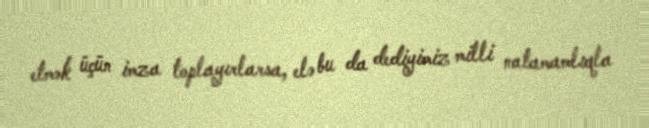
etmək üçün imza toplayırlarsa, elə bu da dediyimiz milli natamamlıqla